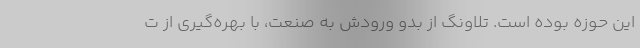
این حوزه بوده است. تلاونگ از بدو ورودش به صنعت، با بهره‌گیری از ت